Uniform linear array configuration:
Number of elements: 4
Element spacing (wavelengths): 0.25
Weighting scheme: binomial
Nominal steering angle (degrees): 15
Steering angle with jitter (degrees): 14.927
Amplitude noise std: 0.05
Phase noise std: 0.05

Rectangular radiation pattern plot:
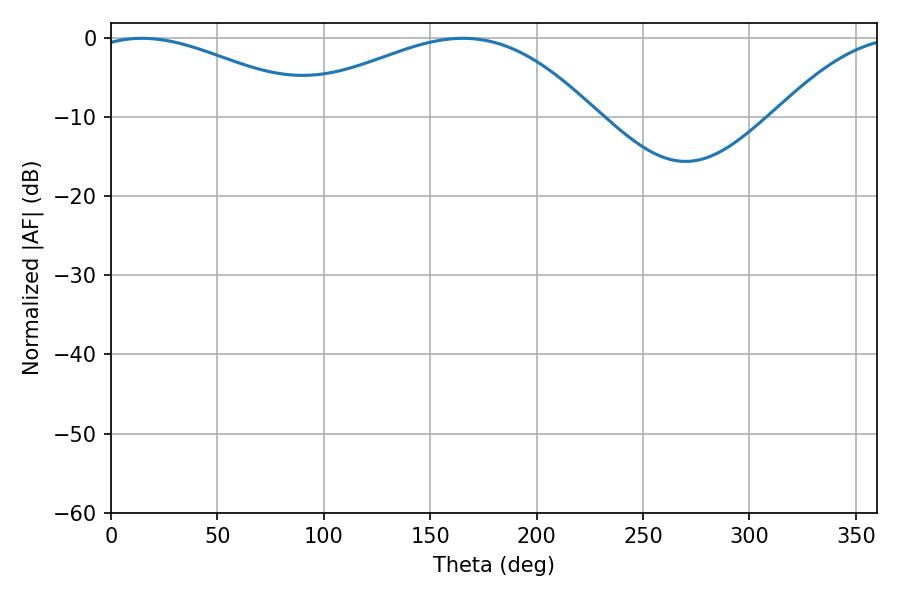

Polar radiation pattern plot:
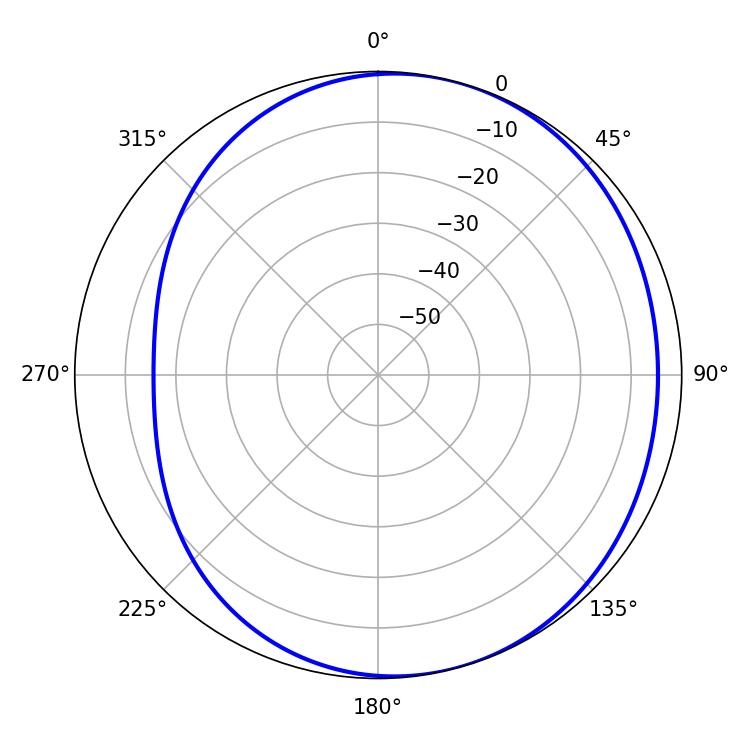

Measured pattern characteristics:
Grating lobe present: FALSE
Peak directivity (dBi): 3.757
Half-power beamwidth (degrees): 58.86
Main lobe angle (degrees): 14.58